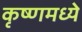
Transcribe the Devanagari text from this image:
कृष्णमध्ये